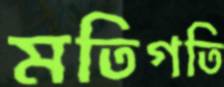
মতিগতি